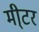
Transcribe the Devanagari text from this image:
मी्टर